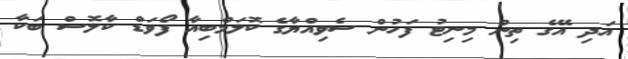
އަދި އޭގެ ތިން މިނިޓު ފަހުން ސެވިއްޔާގެ ކޮލަމްބިއާ ފޯވަޑް ކާލޮސް ބަކާ